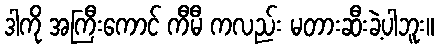
ဒါကို အကြီးကောင် ကီမီ ကလည်း မတားဆီးခဲ့ပါဘူး။